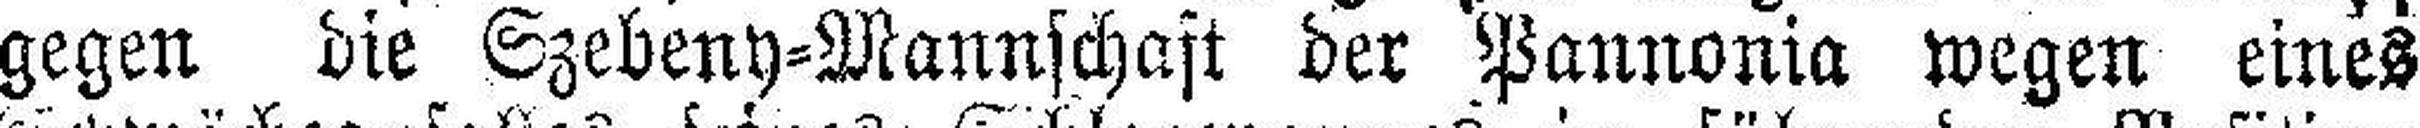
gegen die Szebeny=Mannschaft der Pannonia wegen eines